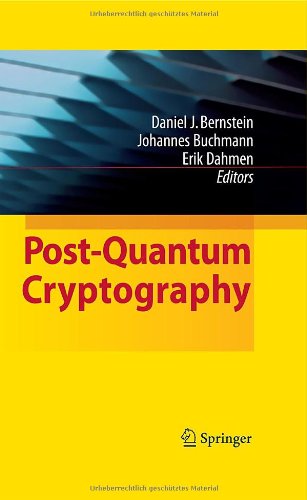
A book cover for Post-Quantum Cryptography; Computers & Technology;